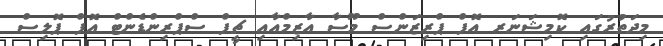
މިދަތުރުގައި ކޮމިޝަނަރ އޮފް ޕްރިޒަންސް މޫސާ އާޒިމްއާއި ޗީފް ސްޕްރިންޑެންޓް އޮފް ޕޮލިސް